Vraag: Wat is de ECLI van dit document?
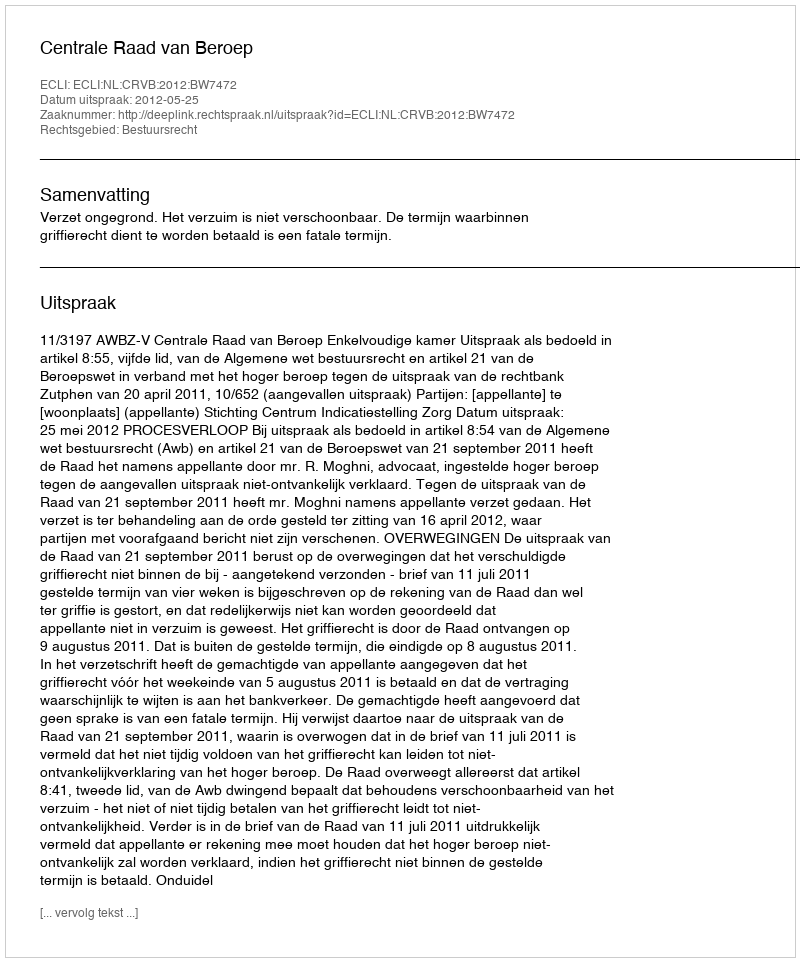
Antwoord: ECLI:NL:CRVB:2012:BW7472